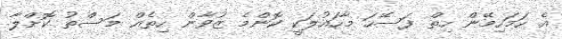
އެ ހަމަހިމޭން ހިތް ފަސޭހަ މާހައުލަކީ ކޮންމެ ޒުވާން ހިތެއް މަސްތު ކޮށްލާ